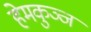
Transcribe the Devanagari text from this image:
हेमकुञ्ज